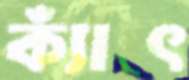
ক্যাঁৎ